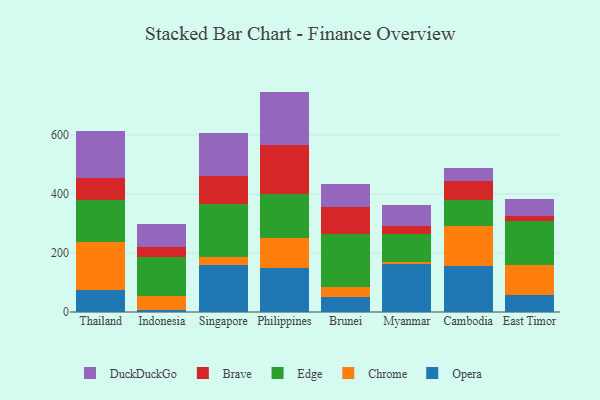
{"axis": {"x": "Country", "y": "Backlog"}, "legend": ["Brave", "Chrome", "DuckDuckGo", "Edge", "Opera"], "data": [{"x": "Thailand", "y": 73.3, "type": "Opera"}, {"x": "Thailand", "y": 165.2, "type": "Chrome"}, {"x": "Thailand", "y": 140.6, "type": "Edge"}, {"x": "Thailand", "y": 74.0, "type": "Brave"}, {"x": "Thailand", "y": 159.6, "type": "DuckDuckGo"}, {"x": "Indonesia", "y": 6.6, "type": "Opera"}, {"x": "Indonesia", "y": 48.1, "type": "Chrome"}, {"x": "Indonesia", "y": 132.7, "type": "Edge"}, {"x": "Indonesia", "y": 32.1, "type": "Brave"}, {"x": "Indonesia", "y": 78.5, "type": "DuckDuckGo"}, {"x": "Singapore", "y": 159.0, "type": "Opera"}, {"x": "Singapore", "y": 28.9, "type": "Chrome"}, {"x": "Singapore", "y": 179.3, "type": "Edge"}, {"x": "Singapore", "y": 94.5, "type": "Brave"}, {"x": "Singapore", "y": 145.0, "type": "DuckDuckGo"}, {"x": "Philippines", "y": 150.1, "type": "Opera"}, {"x": "Philippines", "y": 99.5, "type": "Chrome"}, {"x": "Philippines", "y": 149.6, "type": "Edge"}, {"x": "Philippines", "y": 167.8, "type": "Brave"}, {"x": "Philippines", "y": 179.9, "type": "DuckDuckGo"}, {"x": "Brunei", "y": 51.7, "type": "Opera"}, {"x": "Brunei", "y": 33.0, "type": "Chrome"}, {"x": "Brunei", "y": 179.5, "type": "Edge"}, {"x": "Brunei", "y": 92.5, "type": "Brave"}, {"x": "Brunei", "y": 78.1, "type": "DuckDuckGo"}, {"x": "Myanmar", "y": 163.5, "type": "Opera"}, {"x": "Myanmar", "y": 6.8, "type": "Chrome"}, {"x": "Myanmar", "y": 92.7, "type": "Edge"}, {"x": "Myanmar", "y": 29.0, "type": "Brave"}, {"x": "Myanmar", "y": 72.0, "type": "DuckDuckGo"}, {"x": "Cambodia", "y": 155.5, "type": "Opera"}, {"x": "Cambodia", "y": 135.7, "type": "Chrome"}, {"x": "Cambodia", "y": 89.5, "type": "Edge"}, {"x": "Cambodia", "y": 61.8, "type": "Brave"}, {"x": "Cambodia", "y": 45.8, "type": "DuckDuckGo"}, {"x": "East Timor", "y": 57.5, "type": "Opera"}, {"x": "East Timor", "y": 102.0, "type": "Chrome"}, {"x": "East Timor", "y": 148.0, "type": "Edge"}, {"x": "East Timor", "y": 18.6, "type": "Brave"}, {"x": "East Timor", "y": 58.4, "type": "DuckDuckGo"}]}